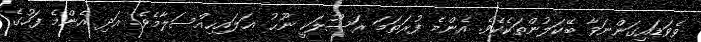
ވެވަޑައިގަންނަވާ ބޭކަލުންތަކެކެވެ. އެންމެ ފުރަތަމަ ރަސޫލަކީ ނޫޙު ޢަލައިހިއްސަލާމެވެ. އަދި އެންމެ ފަހުގެ